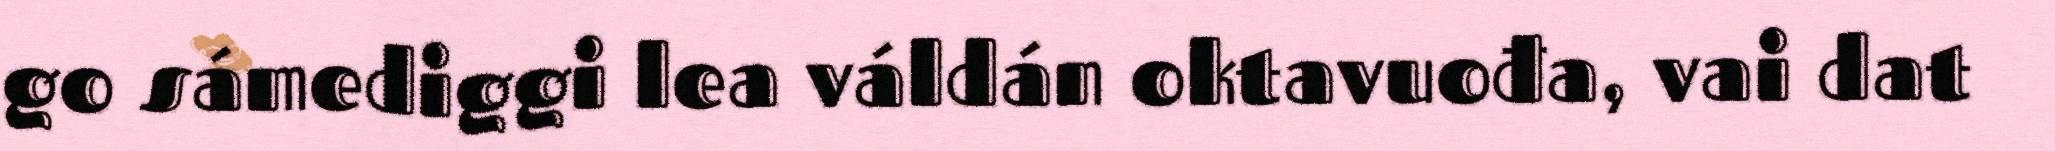
go sámediggi lea váldán oktavuođa, vai dat